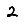
Digit: 2